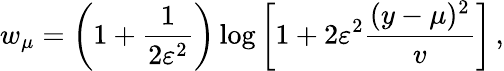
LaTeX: w_{\mu}=\left(1+\frac{1}{2\varepsilon^{2}}\right)\log{\left[1+2\varepsilon^{2}\frac{(y-\mu)^{2}}{v}\right]}\, ,